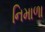
નિમાળા